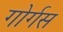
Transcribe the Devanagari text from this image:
गोर्गस